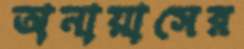
অনায়াসের